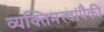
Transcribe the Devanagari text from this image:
व्यक्तिमत्त्वांपैकी